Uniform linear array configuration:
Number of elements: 48
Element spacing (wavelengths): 0.25
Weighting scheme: cosine
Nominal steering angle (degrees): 0
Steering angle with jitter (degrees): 1.019
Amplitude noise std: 0.05
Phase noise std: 0.05

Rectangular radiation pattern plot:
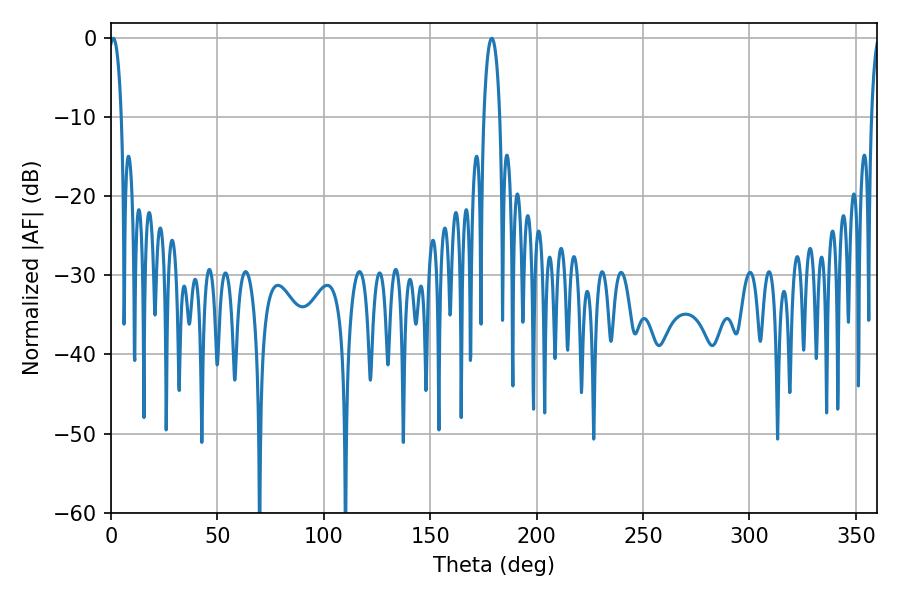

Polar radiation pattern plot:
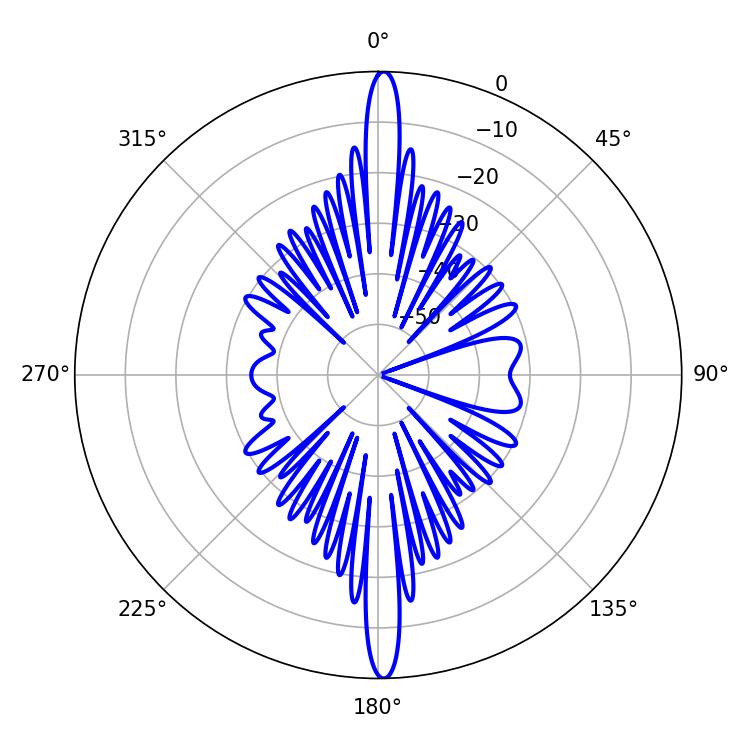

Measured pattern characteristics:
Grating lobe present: FALSE
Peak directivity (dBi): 27.889
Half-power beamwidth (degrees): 3.24
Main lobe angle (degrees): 1.08